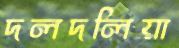
দলদলিয়া